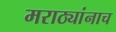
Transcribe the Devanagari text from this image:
मराठ्यांनाच